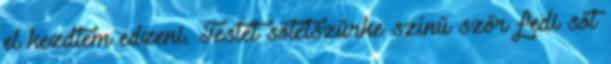
el kezdtem edzeni. Testét sötétszürke színű szőr fedi sőt